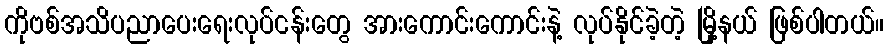
ကိုဗစ်အသိပညာပေးရေးလုပ်ငန်းတွေ အားကောင်းကောင်းနဲ့ လုပ်နိုင်ခဲ့တဲ့ မြို့နယ် ဖြစ်ပါတယ်။